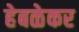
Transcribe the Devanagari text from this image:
हेबळेकर